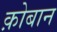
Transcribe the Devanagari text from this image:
क़ोबान